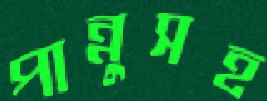
পান্নুসহ